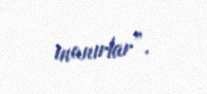
inanırlar”.